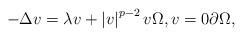
LaTeX: \begin{align*}-\Delta v=\lambda v+\left\vert v\right\vert ^{p-2}v\Omega,v=0\partial\Omega,\end{align*}